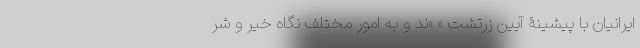
ایرانیان با پیشینۀ آیین زرتشت « »ند و به امور مختلف نگاه خیر و شر